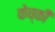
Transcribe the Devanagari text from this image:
केच्की